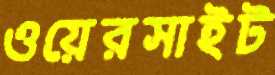
ওয়েরসাইট